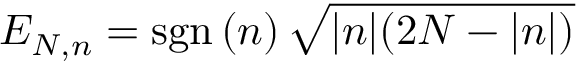
E _ { N , n } = \mathrm { s g n } \, ( n ) \, \sqrt { | n | ( 2 N - | n | ) }